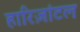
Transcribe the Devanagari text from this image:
हारिज़ांटल